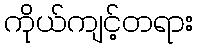
ကိုယ်ကျင့်တရား